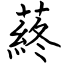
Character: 蔠